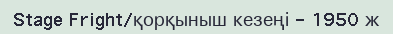
Stage Fright/қорқыныш кезеңі - 1950 ж